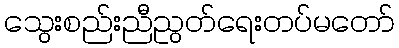
သွေးစည်းညီညွတ်ရေးတပ်မတော်